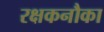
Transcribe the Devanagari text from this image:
रक्षकनौका